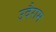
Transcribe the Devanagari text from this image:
उदैराम